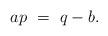
\begin{align*} ap\ =\ q-b.\end{align*}